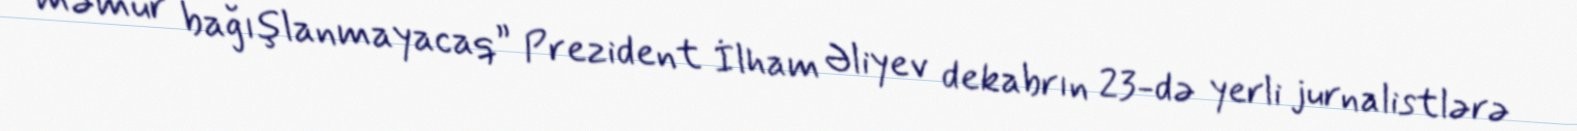
məmur bağışlanmayacaq” Prezident İlham Əliyev dekabrın 23-də yerli jurnalistlərə